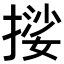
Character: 𭢃